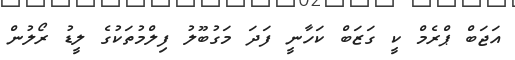
އަޖަބް ޕްރެމް ކީ ގަޒަބް ކަހާނީ ފަދަ މަގުބޫލު ފިލްމުތަކުގެ ލީޑު ރޯލުން